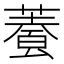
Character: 𩛬